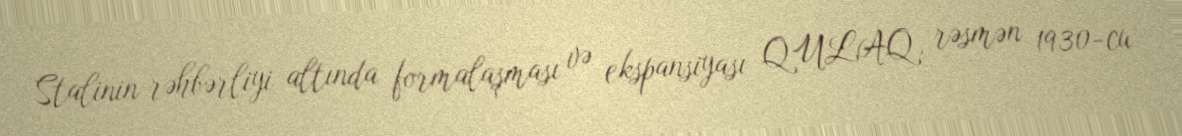
Stalinin rəhbərliyi altında formalaşması və ekspansiyası QULAQ, rəsmən 1930-cu